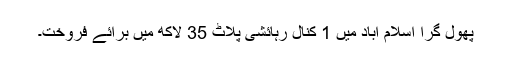
پھول گرا اسلام آباد میں 1 کنال رہائشی پلاٹ 35 لاکھ میں برائے فروخت۔